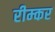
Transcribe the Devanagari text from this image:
रीम्कर